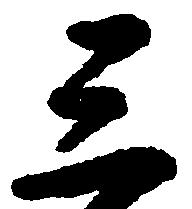
三